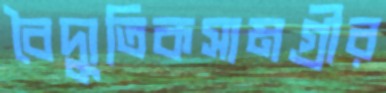
বৈদ্যুতিকসামগ্রীর